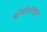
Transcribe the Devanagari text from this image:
मोनोअमाइन